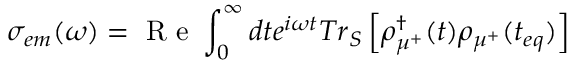
{ { \sigma } _ { e m } } ( \omega ) = { \textrm { R e } } \int _ { 0 } ^ { \infty } { d t { { e } ^ { i \omega t } } T { { r } _ { S } } } \left[ \rho _ { { { \mu } ^ { + } } } ^ { \dagger } ( t ) { { \rho } _ { { { \mu } ^ { + } } } } ( { { t } _ { e q } } ) \right]